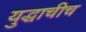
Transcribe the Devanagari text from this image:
युद्धाचीच